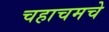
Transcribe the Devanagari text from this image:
चहाचमचे